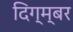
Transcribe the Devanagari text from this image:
दिग्म्बर